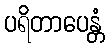
ပရိတာပေန္တံ